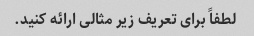
لطفاً برای تعریف زیر مثالی ارائه کنید.